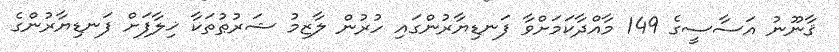
ޤާނޫނު އަސާސީގެ 149 މާއްދާކަމަށްވާ ފަނޑިޔާރުންގައި ހުރުން ލާޒިމު ޝަރުޠުތަކާ ޚިލާފަށް ފަނޑިޔާރުންގެ